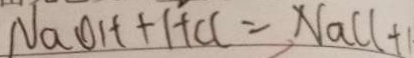
N a O H + H C l = N a C l + 1